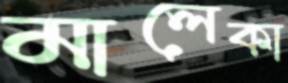
মালেকা